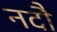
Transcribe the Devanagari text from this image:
नदौ